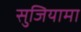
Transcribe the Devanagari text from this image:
सुजियामा